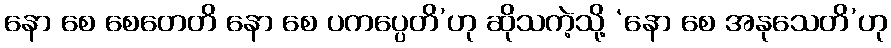
နော စေ စေတေတိ နော စေ ပကပ္ပေတိ’ဟု ဆိုသကဲ့သို့ ‘နော စေ အနုသေတိ’ဟု